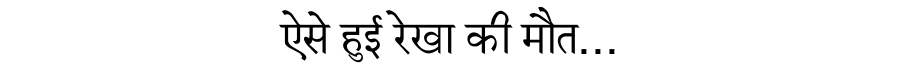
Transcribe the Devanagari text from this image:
ऐसे हुई रेखा की मौत...